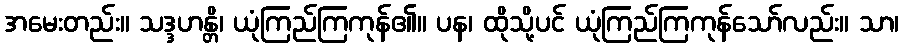
အမေးတည်း။ သဒ္ဒဟန္တိ၊ ယုံကြည်ကြကုန်၏။ ပန၊ ထိုသို့ပင် ယုံကြည်ကြကုန်သော်လည်း။ သာ၊